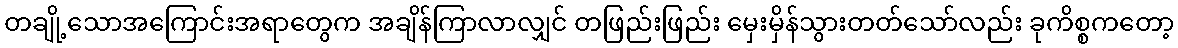
တချို့သောအကြောင်းအရာတွေက အချိန်ကြာလာလျှင် တဖြည်းဖြည်း မှေးမှိန်သွားတတ်သော်လည်း ခုကိစ္စကတော့